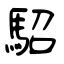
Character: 駋